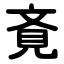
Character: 斍